Annual report on the working of the lock hospitals in the Central Provinces
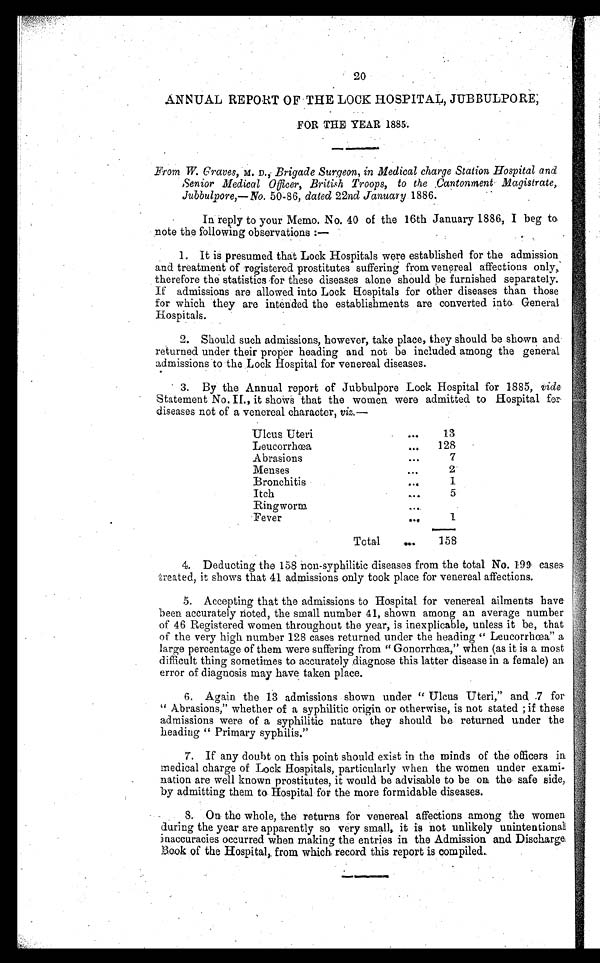
20
ANNUAL REPORT OF THE LOCK HOSPITAL, JUBBULPORE;
FOR THE YEAR 1885.
From W. Graves, M. D ., Brigade Surgeon, in Medical charge Station Hospital and
Senior Medical Officer, British Troops, to the Cantonment Magistrate,
Jubbulpore,—No. 50-86, dated 22nd January 1886.
In reply to your Memo. No. 40 of the 16th January 1886, I beg to.
note the following observations :—
1. It is presumed that Lock Hospitals were established for the admission,
and treatment of registered prostitutes suffering from venereal affections only,
therefore the statistics for these diseases alone should be furnished separately.
If admissions are allowed into Lock hospitals for other diseases than those
for which they are intended the establishments are converted into General
Hospitals.
2. Should such admissions, however, take place, they should be shown and
returned under their proper heading and not be included among the general
admissions to the Lock Hospital for venereal diseases.
3. By the Annual report of Jubbulpore Lock Hospital for 1885, vide.
Statement No. IL, it shows that the women were admitted to Hospital for
- d i s e a s e s n o t o f a v e n e r e a l c h a r a c t e r , v i z . —
U l c u s U t e r i
. . .
13
Leucorrhœa
. . .
128
Abrasions
. . .
7
Menses
. . .
2
Bronchitis
. . .
1
Itch
. . .
5
Ringworm
...
Fever
. . .
1
Total ... 158
4. Deducting the 158 non-syphilitic diseases from the total No. 199 cases
treated, it shows that 41 admissions only took place for venereal affections.
5. Accepting that the admissions to Hospital for venereal ailments have
been accurately rioted, the small number 41, shown among an average number
of 46 Registered women throughout the year, is inexplicable, unless it be, that
of the very high number 128 cases returned under the heading "Leucorrhœa" a
large percentage of them were suffering from "Gonorrhœa," when (as it is a most
difficult thing sometimes to accurately diagnose this latter disease in a female) an
error of diagnosis may have taken place.
6. Again the 13 admissions shown under "Ulcus Uteri," and .7 for'
"Abrasions," whether of a syphilitic origin or otherwise, is not stated ; if these
admissions were of a syphilitic nature they should he returned under the
beading "Primary syphilis."
7. If any doubt on this point should exist in the minds of the officers in
medical charge of Lock Hospitals, particularly when the women under exami-
nation are well known prostitutes, it would be advisable to be on the safe side,
by admitting them to Hospital for the more formidable diseases.
8. On the whole, the returns for venereal affections among the women
during the year are apparently so very small,, it is not unlikely unintentional
inaccuracies occurred when making the entries in the Admission and Discharge
Book of the Hospital, from which record this report is compiled.